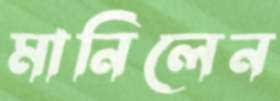
মানিলেন